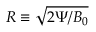
R \equiv \sqrt { 2 \Psi / B _ { 0 } }